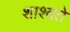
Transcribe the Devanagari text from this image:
शाश्वते